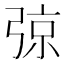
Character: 弶